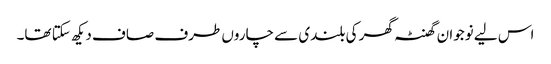
اس لیے نوجوان گھنٹہ گھر کی بلندی سے چاروں طرف صاف دیکھ سکتا تھا۔